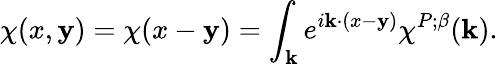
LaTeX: \chi(x,\mathbf{y})=\chi(x-\mathbf{y})=\int_{\mathbf{k}}e^{i\mathbf{k}\cdot(x-\mathbf{y})}\chi^{P;\beta}(\mathbf{k}).